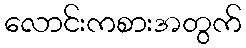
လောင်းကစားအတွက်